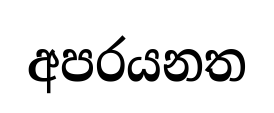
අපරයනත